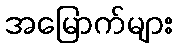
အမြောက်များ